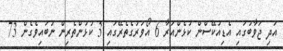
އަދި ޖަވާބުގައި އެޑިއުކޭސްން ކުޅެންއަރާ 6 އޯވަރުގެތެރޭގައި 3 ކުޅުންތެރިން ނުބައިވެގެން 73